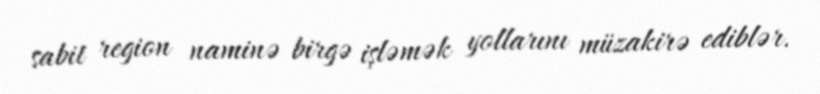
sabit region naminə birgə işləmək yollarını müzakirə ediblər.